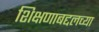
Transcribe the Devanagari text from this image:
शिक्षणाबद्दलच्या